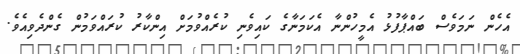
އެހެން ނަމަވެސް ބައްޕާފުޅު އެމީހުންނާ އެކަމަނާގެ ކައިވެނި ކުރެއްވުމަށް އިންކާރު ކުރައްވަމުން ގެންދެވިއެވެ.